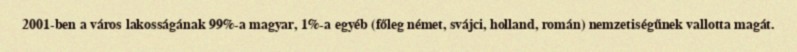
2001-ben a város lakosságának 99%-a magyar, 1%-a egyéb (főleg német, svájci, holland, román) nemzetiségűnek vallotta magát.